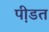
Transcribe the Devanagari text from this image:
पी़डत